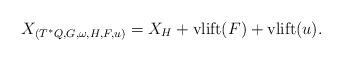
LaTeX: \begin{align*}X_{(T^\ast Q,G,\omega,H,F,u)}=X_H+\textnormal{vlift}(F)+\textnormal{vlift}(u).\end{align*}